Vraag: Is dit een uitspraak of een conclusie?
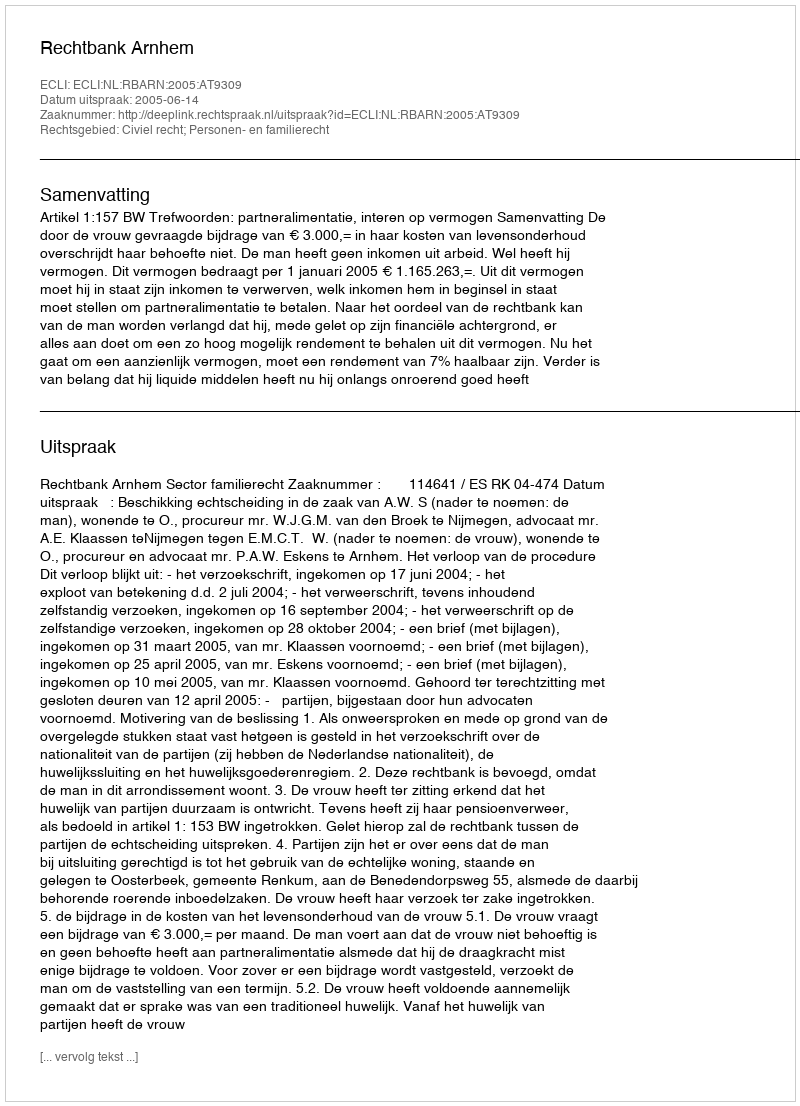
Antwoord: Uitspraak